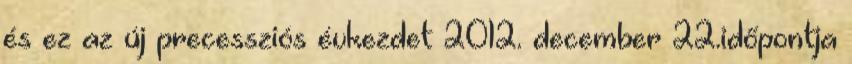
és ez az új precessziós évkezdet 2012. december 22.időpontja